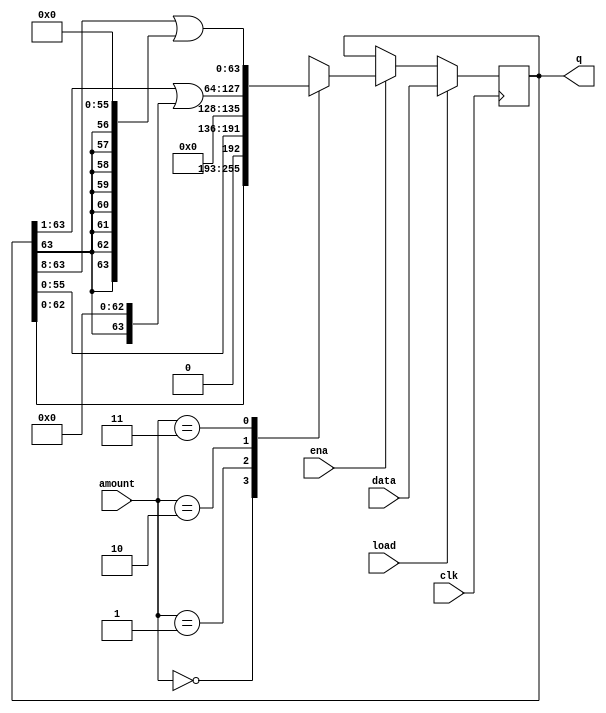
// https://hdlbits.01xz.net/wiki/Shift18

module top_module(
    input clk,
    input load,
    input ena,
    input [1:0] amount,
    input [63:0] data,
    output reg [63:0] q);

    parameter ASL1 = 2'b00; // shift left by 1 bit.
    parameter ASL8 = 2'b01; // shift left by 8 bits.
    parameter ASR1 = 2'b10; // shift right by 1 bit.
    parameter ASR8 = 2'b11; // shift right by 8 bits.

    always @(posedge clk)
        if (load)
            q <= data;
        else if (ena)
            case (amount)
                ASL1: q <= q << 1;
                ASL8: q <= q << 8;
                ASR1: q <= q >> 1 | {q[63], {63{1'b0}}};
                ASR8: q <= q >> 8 | {{8{q[63]}}, {56{1'b0}}};
            endcase

endmodule